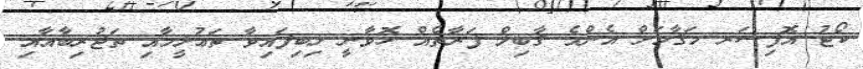
ކޯޓު އޮފިސަރ މަޤާމަށް އެންމެ ޤާބިލް ފަރާތެއް ހޮވާނީ ލިބިފައިވާ ތަޢުލީމާއި ތަޖުރިބާއާއި